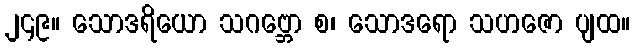
၂၄၉။ သောဒရိယော သဂဗ္ဘော စ၊ သောဒရော သဟဇော ပျထ။